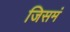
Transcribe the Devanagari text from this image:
जिसमं